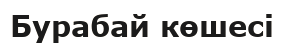
Бурабай көшесі